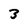
Character: 3